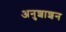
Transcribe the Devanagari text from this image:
अनुशाशन